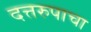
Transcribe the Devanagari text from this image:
दत्तरुपाचा